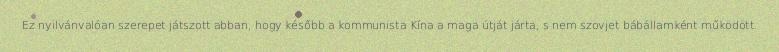
Ez nyilvánvalóan szerepet játszott abban, hogy később a kommunista Kína a maga útját járta, s nem szovjet bábállamként működött.